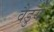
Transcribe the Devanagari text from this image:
वैडुर्य